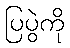
ပြပွဲကို